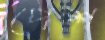
পেশ